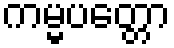
ကမ္မပတ္တော